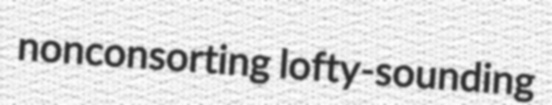
nonconsorting lofty-sounding